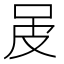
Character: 𤿌